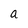
Character: a